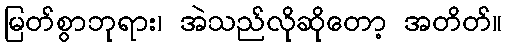
မြတ်စွာဘုရား၊ အဲသည်လိုဆိုတော့ အတိတ်။